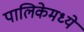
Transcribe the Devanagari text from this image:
पालिकेमध्ये